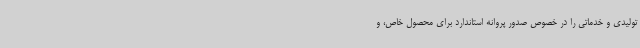
تولیدی و خدماتی را در خصوص صدور پروانه استاندارد برای محصول خاص، و